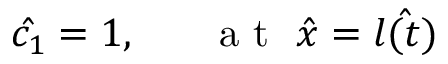
\hat { c _ { 1 } } = 1 , ~ ~ ~ ~ ~ \mathrm { ~ a ~ t ~ } ~ \hat { x } = \hat { l ( t ) }